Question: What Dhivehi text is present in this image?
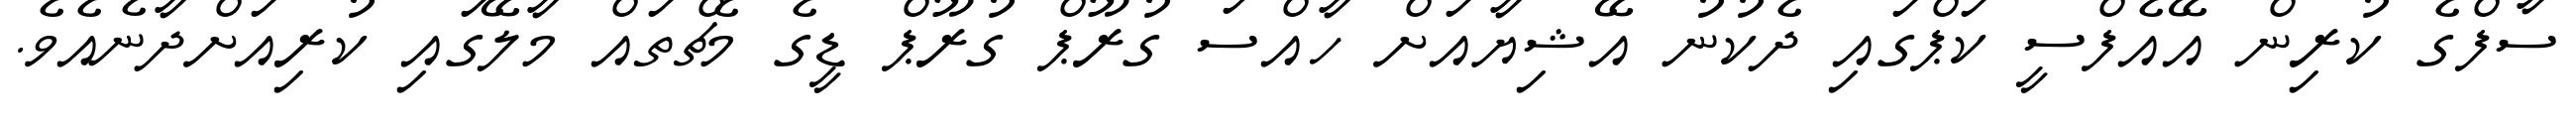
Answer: ސާފްގެ ކުރިން އޭއެފްސީ ކަޕްގައި ދެކުނު އޭޝިޔާއަށް ހާއްސަ ގުރޫޕް ގުރޫޕް ޑީގެ މެޗްތައް މާލޭގައި ކުރިއަށްދާނެއެވެ.